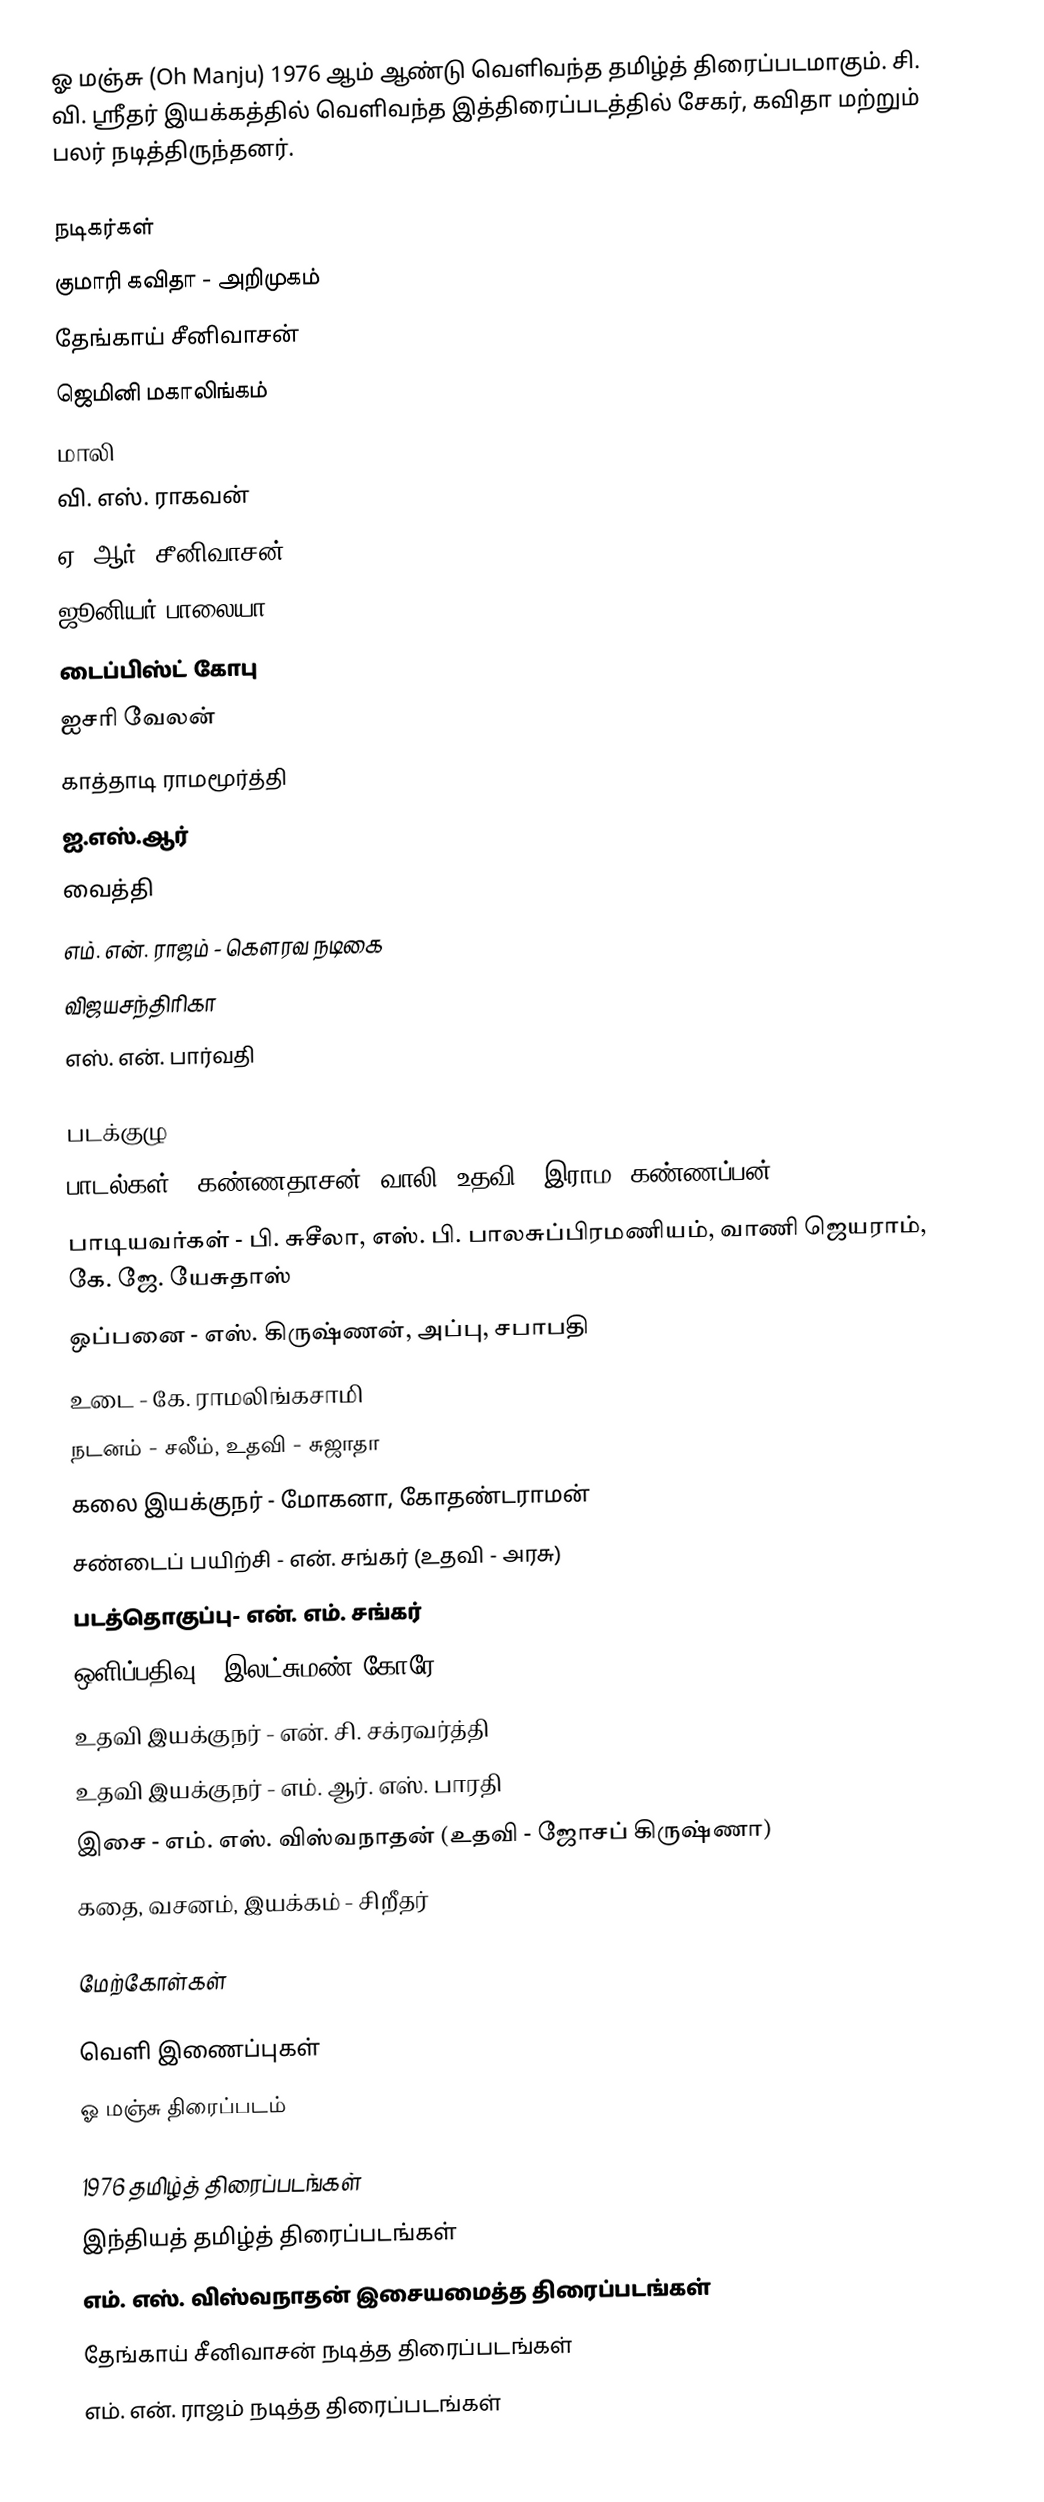
ஓ மஞ்சு (Oh Manju) 1976 ஆம் ஆண்டு வெளிவந்த தமிழ்த் திரைப்படமாகும். சி. வி. ஸ்ரீதர் இயக்கத்தில் வெளிவந்த இத்திரைப்படத்தில் சேகர், கவிதா மற்றும் பலர் நடித்திருந்தனர்.

நடிகர்கள்
 குமாரி கவிதா - அறிமுகம்
 தேங்காய் சீனிவாசன்
 ஜெமினி மகாலிங்கம்
 மாலி
 வி. எஸ். ராகவன்
 ஏ. ஆர். சீனிவாசன்
 ஜூனியர் பாலையா
 டைப்பிஸ்ட் கோபு
 ஐசரி வேலன்
 காத்தாடி ராமமூர்த்தி
 ஐ.எஸ்.ஆர்
 வைத்தி
 எம். என். ராஜம் - கௌரவ நடிகை
 விஜயசந்திரிகா
 எஸ். என். பார்வதி

படக்குழு
 பாடல்கள் - கண்ணதாசன், வாலி, உதவி - இராம. கண்ணப்பன்
 பாடியவர்கள் - பி. சுசீலா, எஸ். பி. பாலசுப்பிரமணியம், வாணி ஜெயராம், கே. ஜே. யேசுதாஸ்
 ஒப்பனை - எஸ். கிருஷ்ணன், அப்பு, சபாபதி
 உடை - கே. ராமலிங்கசாமி
 நடனம் - சலீம், உதவி - சுஜாதா
 கலை இயக்குநர் - மோகனா, கோதண்டராமன்
 சண்டைப் பயிற்சி - என். சங்கர் (உதவி - அரசு)
 படத்தொகுப்பு- என். எம். சங்கர்
 ஒளிப்பதிவு - இலட்சுமண் கோரே
 உதவி இயக்குநர் - என். சி. சக்ரவர்த்தி
 உதவி இயக்குநர் - எம். ஆர். எஸ். பாரதி
 இசை - எம். எஸ். விஸ்வநாதன் (உதவி - ஜோசப் கிருஷ்ணா)
 கதை, வசனம், இயக்கம் - சிறீதர்

மேற்கோள்கள்

வெளி இணைப்புகள்
 ஓ மஞ்சு திரைப்படம்

1976 தமிழ்த் திரைப்படங்கள்
இந்தியத் தமிழ்த் திரைப்படங்கள்
எம். எஸ். விஸ்வநாதன் இசையமைத்த திரைப்படங்கள்
தேங்காய் சீனிவாசன் நடித்த திரைப்படங்கள்
எம். என். ராஜம் நடித்த திரைப்படங்கள்